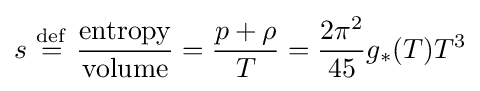
s\ {\stackrel {\mathrm {def} }{=}}\ {\frac {\mathrm {entropy} }{\mathrm {volume} }}={\frac {p+\rho }{T}}={\frac {2\pi ^{2}}{45}}g_{*}(T)T^{3}